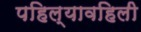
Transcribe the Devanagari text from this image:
पहिल्यावहिली